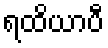
ရထိယာပီ